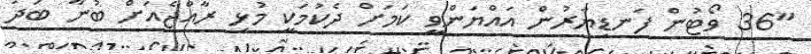
"36 ވޯޓުން ފަނޑިޔާރުން އައްޔަންވީ ކަމަށް ދެކުމަކީ މުޅި ރާއްޖެއަށް ބުނާ ބަދު